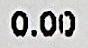
0.00